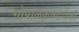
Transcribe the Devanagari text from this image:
गोपाळकृष्णापाशी